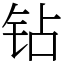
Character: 钻